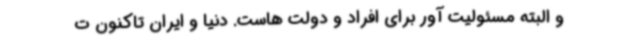
و البته مسئولیت آور برای افراد و دولت هاست. دنیا و ایران تاکنون ت